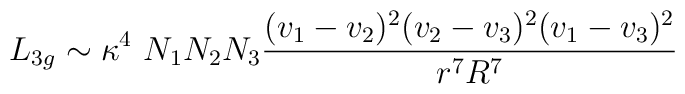
L_{3g}\sim \kappa^4~N_1 N_2 N_3 {(v_1 -v_2)^2 (v_2 - v_3)^2 (v_1 - v_3)^2 \over r^7 R^7}